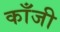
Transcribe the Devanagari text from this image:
काँजी